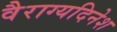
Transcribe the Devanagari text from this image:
वैराग्यदिनेश